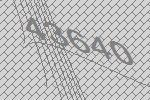
43640